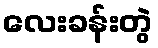
လေးခန်းတွဲ